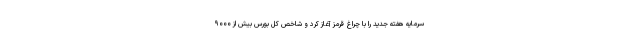
سرمایه هفته جدید را با چراغ قرمز آغاز کرد و شاخص کل بورس بیش از ۹۰۰۰